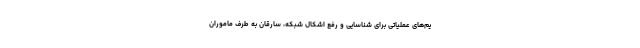
یم‌های عملیاتی برای شناسایی و رفع اشکال شبکه، سارقان به طرف ماموران